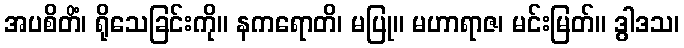
အပစိတိံ၊ ရိုသေခြင်းကို။ နကရောတိ၊ မပြု။ မဟာရာဇ၊ မင်းမြတ်။ ဒွါဒသ၊